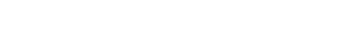
အဲအခုပြောမယ့် တစ်ခါက ဘယ်သူမှ မပါဘူး။